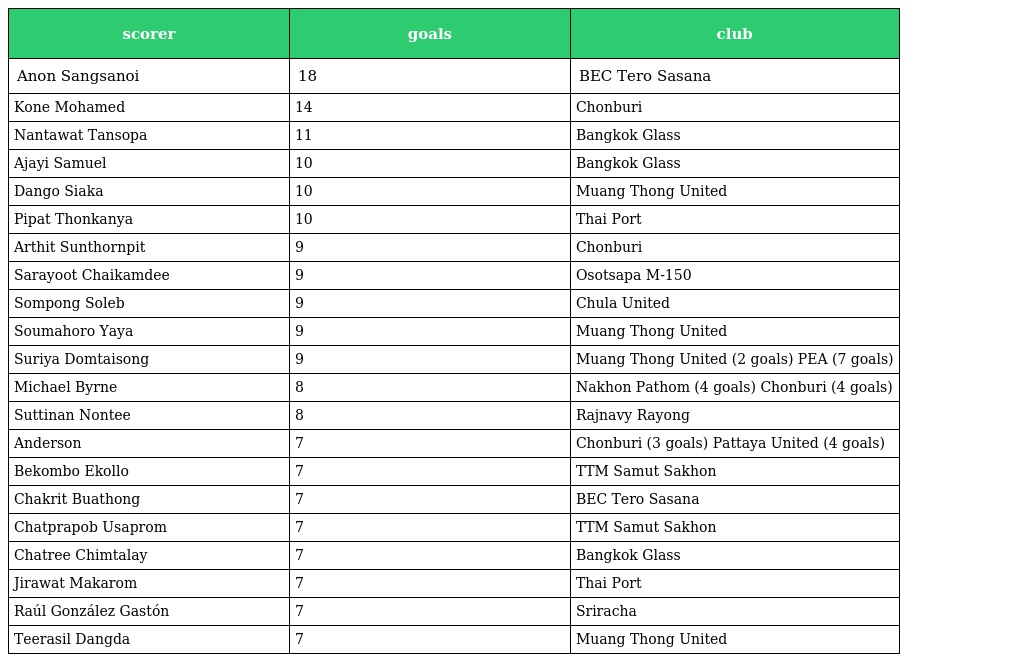
| scorer | goals | club |
 | --- | --- | --- |
 | Anon Sangsanoi | 18 | BEC Tero Sasana |
 | Kone Mohamed | 14 | Chonburi |
 | Nantawat Tansopa | 11 | Bangkok Glass |
 | Ajayi Samuel | 10 | Bangkok Glass |
 | Dango Siaka | 10 | Muang Thong United |
 | Pipat Thonkanya | 10 | Thai Port |
 | Arthit Sunthornpit | 9 | Chonburi |
 | Sarayoot Chaikamdee | 9 | Osotsapa M-150 |
 | Sompong Soleb | 9 | Chula United |
 | Soumahoro Yaya | 9 | Muang Thong United |
 | Suriya Domtaisong | 9 | Muang Thong United (2 goals) PEA (7 goals) |
 | Michael Byrne | 8 | Nakhon Pathom (4 goals) Chonburi (4 goals) |
 | Suttinan Nontee | 8 | Rajnavy Rayong |
 | Anderson | 7 | Chonburi (3 goals) Pattaya United (4 goals) |
 | Bekombo Ekollo | 7 | TTM Samut Sakhon |
 | Chakrit Buathong | 7 | BEC Tero Sasana |
 | Chatprapob Usaprom | 7 | TTM Samut Sakhon |
 | Chatree Chimtalay | 7 | Bangkok Glass |
 | Jirawat Makarom | 7 | Thai Port |
 | Raúl González Gastón | 7 | Sriracha |
 | Teerasil Dangda | 7 | Muang Thong United |